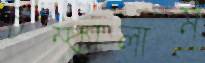
চম্‌কালাম